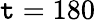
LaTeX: \mathtt{t}=180